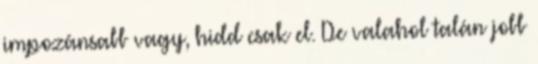
impozánsabb vagy, hidd csak el. De valahol talán jobb